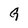
Character: G